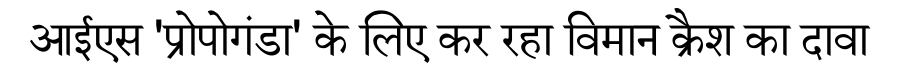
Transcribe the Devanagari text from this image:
आईएस 'प्रोपोगंडा' के लिए कर रहा विमान क्रैश का दावा